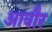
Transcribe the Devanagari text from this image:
आवौर